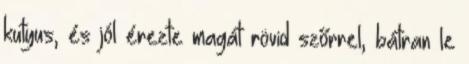
kutyus, és jól érezte magát rövid szőrrel, bátran le